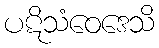
ပဋိသံဝေဒေသိ